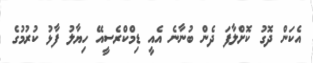
އެކަން ދޮގު ކޮށްލާފަ ދެން ބުނާނެ އެއީ ޑިމްކްރެސީއޭ ހިޔާލު ފާޅު ކުރުމުގެ